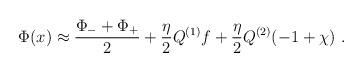
LaTeX: \begin{align*}\Phi(x) \approx {\Phi_- +\Phi_+ \over 2} + {\eta \over 2}Q^{(1)} f +{\eta \over 2} Q^{(2)} (-1+\chi) \ .\end{align*}